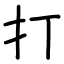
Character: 打